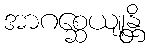
အာဂစ္ဆေယျုန္တိ